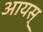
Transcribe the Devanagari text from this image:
आयस्